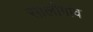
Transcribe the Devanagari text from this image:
सालीगांव